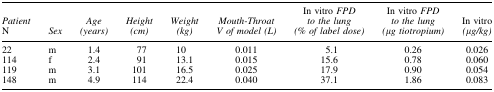
| Patient N | Sex | Age (years) | Height (cm) | Weight (kg) | Mouth-Throat V of model (L) | In vitro FPD to the lung (% of label dose) | In vitro FPD to the lung (μg tiotropium) | In vitro (μg/kg) |
 | --- | --- | --- | --- | --- | --- | --- | --- | --- |
 | 22 | m | 1.4 | 77 | 10 | 0.011 | 5.1 | 0.26 | 0.026 |
 | 114 | f | 2.4 | 91 | 13.1 | 0.015 | 15.6 | 0.78 | 0.060 |
 | 119 | m | 3.1 | 101 | 16.5 | 0.025 | 17.9 | 0.90 | 0.054 |
 | 148 | m | 4.9 | 114 | 22.4 | 0.040 | 37.1 | 1.86 | 0.083 |